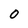
Character: 0